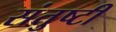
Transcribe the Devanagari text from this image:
संतुष्टी